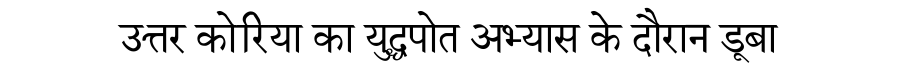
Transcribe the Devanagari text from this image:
उत्तर कोरिया का युद्धपोत अभ्यास के दौरान डूबा